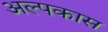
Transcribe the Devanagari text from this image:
अल्पकास